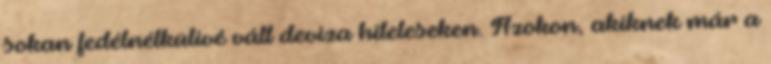
sokan fedélnélkülivé vált deviza hiteleseken. Azokon, akiknek már a